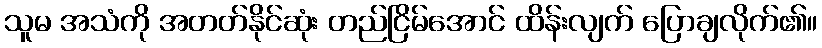
သူမ အသံကို အတတ်နိုင်ဆုံး တည်ငြိမ်အောင် ထိန်းလျက် ပြောချလိုက်၏။